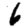
Digit: 6